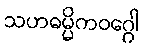
သဟဓမ္မိကဝဂ္ဂေါ